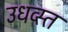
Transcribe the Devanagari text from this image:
उधव्स्त